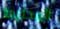
المحترمة